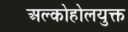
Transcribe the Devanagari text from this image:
अल्कोहोलयुक्त